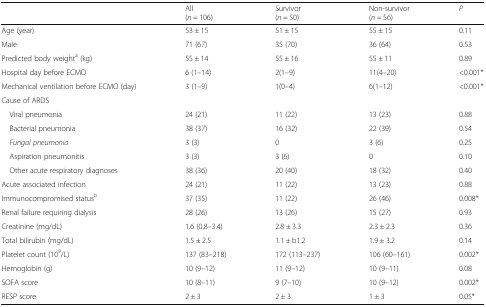
|  | All(n = 106) | Survivor(n = 50) | Non-survivor(n = 56) | P |
 | --- | --- | --- | --- | --- |
 | Age (year) | 53 ± 15 | 51 ± 15 | 55 ± 15 | 0.11 |
 | Male | 71 (67) | 35 (70) | 36 (64) | 0.53 |
 | Predicted body weighta (kg) | 55 ± 14 | 55 ± 16 | 55 ± 11 | 0.89 |
 | Hospital day before ECMO | 6 (1–14) | 2(1–9) | 11(4–20) | <0.001* |
 | Mechanical ventilation before ECMO (day) | 3 (1–9) | 1(0–4) | 6(1–12) | <0.001* |
 | <COLSPAN=5> Cause of ARDS |
 | Viral pneumonia | 24 (21) | 11 (22) | 13 (23) | 0.88 |
 | Bacterial pneumonia | 38 (37) | 16 (32) | 22 (39) | 0.54 |
 | Fungal pneumonia | 3 (3) | 0 | 3 (6) | 0.25 |
 | Aspiration pneumonitis | 3 (3) | 3 (6) | 0 | 0.10 |
 | Other acute respiratory diagnoses | 38 (36) | 20 (40) | 18 (32) | 0.40 |
 | Acute associated infection | 24 (21) | 11 (22) | 13 (23) | 0.88 |
 | Immunocompromised statusb | 37 (35) | 11 (22) | 26 (46) | 0.008* |
 | Renal failure requiring dialysis | 28 (26) | 13 (26) | 15 (27) | 0.93 |
 | Creatinine (mg/dL) | 1.6 (0.8–3.4) | 2.8 ± 3.3 | 2.3 ± 2.3 | 0.36 |
 | Total bilirubin (mg/dL) | 1.5 ± 2.5 | 1.1 ± b1.2 | 1.9 ± 3.2 | 0.14 |
 | Platelet count (109/L) | 137 (83–218) | 172 (113–237) | 106 (60–161) | 0.002* |
 | Hemoglobin (g) | 10 (9–12) | 11 (9–12) | 10 (9–11) | 0.08 |
 | SOFA score | 10 (8–11) | 9 (7–10) | 10 (9–12) | 0.002* |
 | RESP score | 2 ± 3 | 2 ± 3 | 1 ± 3 | 0.05* |